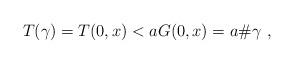
LaTeX: \begin{align*}T(\gamma) = T(0,x) < aG(0,x) = a\#\gamma\ ,\end{align*}